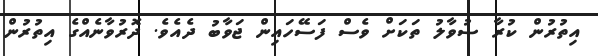
އިތުރުން ކުރާ ސުވާލު ތަކަށް ވެސް ފަސޭހައިން ޖަވާބު ދެއެވެ. ދޮރުވާނެއްގެ އިތުރުން